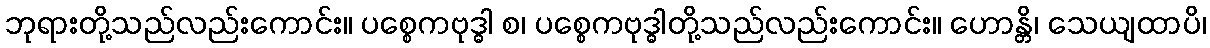
ဘုရားတို့သည်လည်းကောင်း။ ပစ္စေကဗုဒ္ဓါ စ၊ ပစ္စေကဗုဒ္ဓါတို့သည်လည်းကောင်း။ ဟောန္တိ၊ သေယျထာပိ၊